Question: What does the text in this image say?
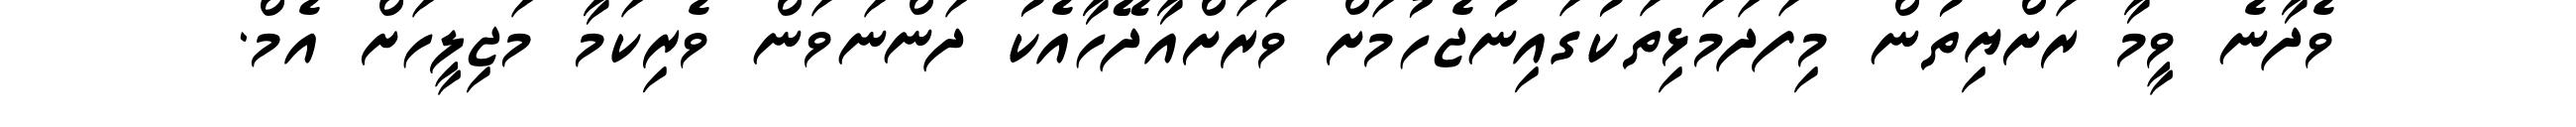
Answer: ވެދާނެ ވީމާ ރަށްޔިތުން މިފަދަމަޅިތަކުގައިނުޖެހުމަށް ވަރަށްއާދޭހާއެކު ދަންނަވަން ވެރިކަމާ މަޖިލީހަށް އެމް.